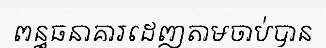
ពន្ធធនាគារដេញតាមចាប់បាន